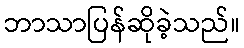
ဘာသာပြန်ဆိုခဲ့သည်။